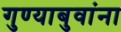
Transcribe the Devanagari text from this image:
गुण्याबुवांना